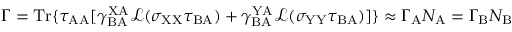
\Gamma = \mathrm { T r } \{ \tau _ { \mathrm { A A } } [ \gamma _ { \mathrm { B A } } ^ { \mathrm { X A } } \mathcal { L } ( \sigma _ { \mathrm { X X } } \tau _ { \mathrm { B A } } ) + \gamma _ { \mathrm { B A } } ^ { \mathrm { Y A } } \mathcal { L } ( \sigma _ { \mathrm { Y Y } } \tau _ { \mathrm { B A } } ) ] \} \approx \Gamma _ { \mathrm { A } } N _ { \mathrm { A } } = \Gamma _ { \mathrm { B } } N _ { \mathrm { B } }